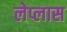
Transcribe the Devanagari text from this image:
लेप्लास